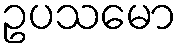
ဥပသမော